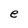
Character: e